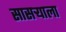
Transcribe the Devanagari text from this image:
सासर्‍याला